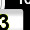
Digit: 3